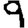
Digit: 9